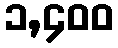
၁,၄၀၀